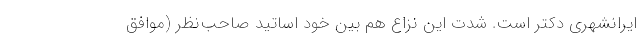
ایرانشهری دکتر است. شدت این نزاع هم بین خود اساتید صاحب‌نظر (موافق